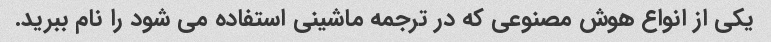
یکی از انواع هوش مصنوعی که در ترجمه ماشینی استفاده می شود را نام ببرید.